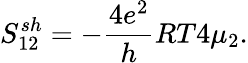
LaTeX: {S_{12}^{sh}=-\frac{4e^{2}}{h}RT4\mu_{2}}.